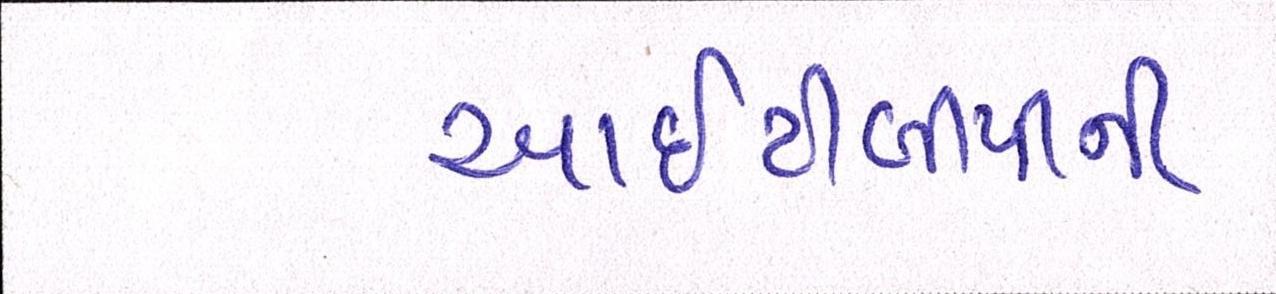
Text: આઇટીબીપીની